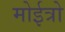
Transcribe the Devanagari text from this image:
मोईत्रो